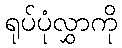
ရုပ်ပုံလွှာကို